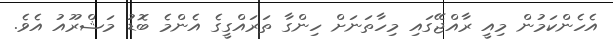
އެހެންކަމުން މިއީ ރާއްޖޭގައި މިހާތަނަށް ހިންގާ ތަރައްގީގެ އެންމެ ބޮޑު މަޝްރޫއު އެވެ.